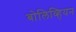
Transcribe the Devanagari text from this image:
बोलिव्हियन